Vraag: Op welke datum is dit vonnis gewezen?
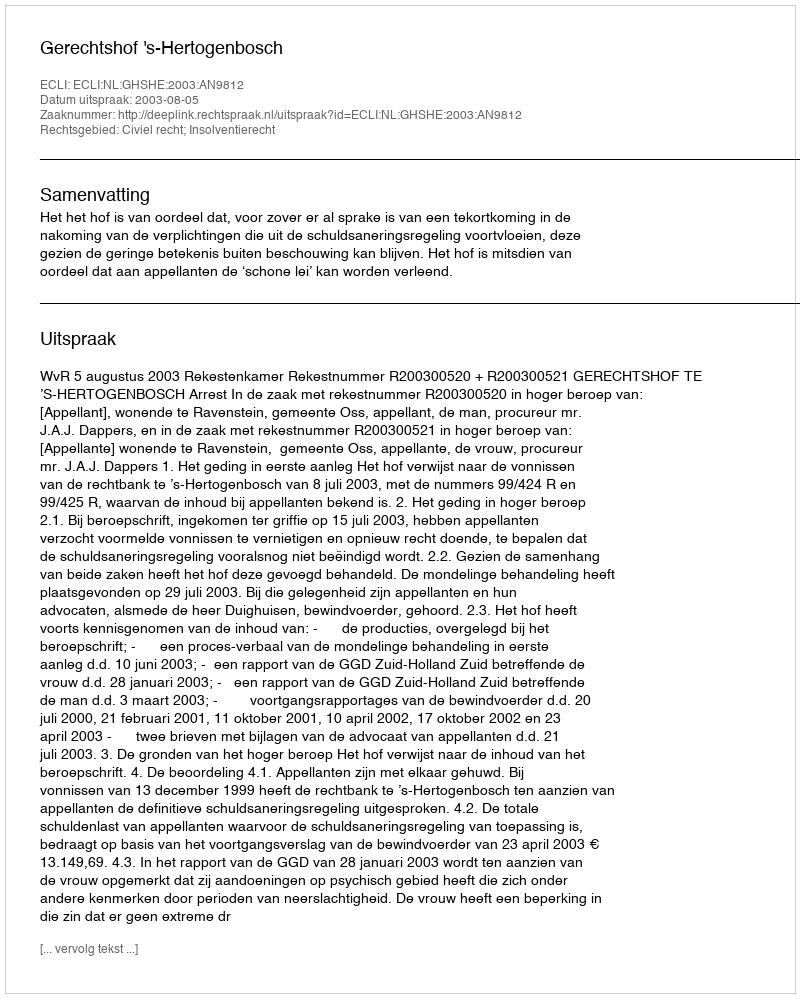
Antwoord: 2003-08-05